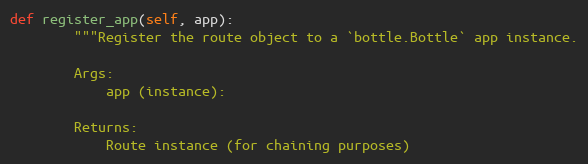
Language: Python
def register_app(self, app):
        """Register the route object to a `bottle.Bottle` app instance.

        Args:
            app (instance):

        Returns:
            Route instance (for chaining purposes)